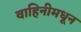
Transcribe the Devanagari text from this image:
वाहिनीमधून